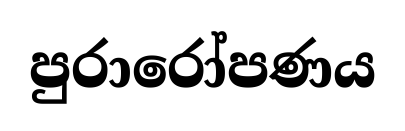
පුරාරෝපණය